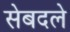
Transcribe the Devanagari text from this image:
सेबदले